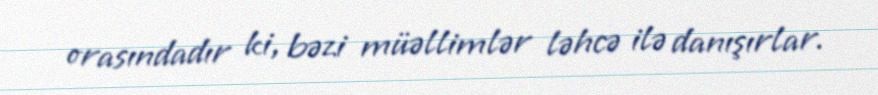
orasındadır ki, bəzi müəllimlər ləhcə ilə danışırlar.